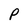
Character: P